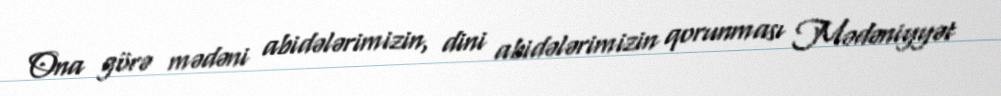
Ona görə mədəni abidələrimizin, dini abidələrimizin qorunması Mədəniyyət